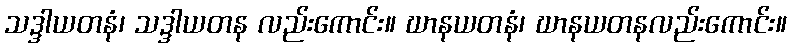
သဒ္ဒါယတနံ၊ သဒ္ဒါယတန လည်းကောင်း။ ဃာနယတနံ၊ ဃာနယတနလည်းကောင်း။